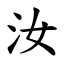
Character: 汝